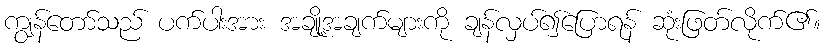
ကျွန်တော်သည် ပက်ပါးအား အချို့အချက်များကို ချန်လှပ်၍ပြောရန် ဆုံးဖြတ်လိုက်၏။